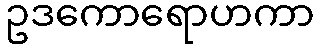
ဥဒကောရောဟကာ